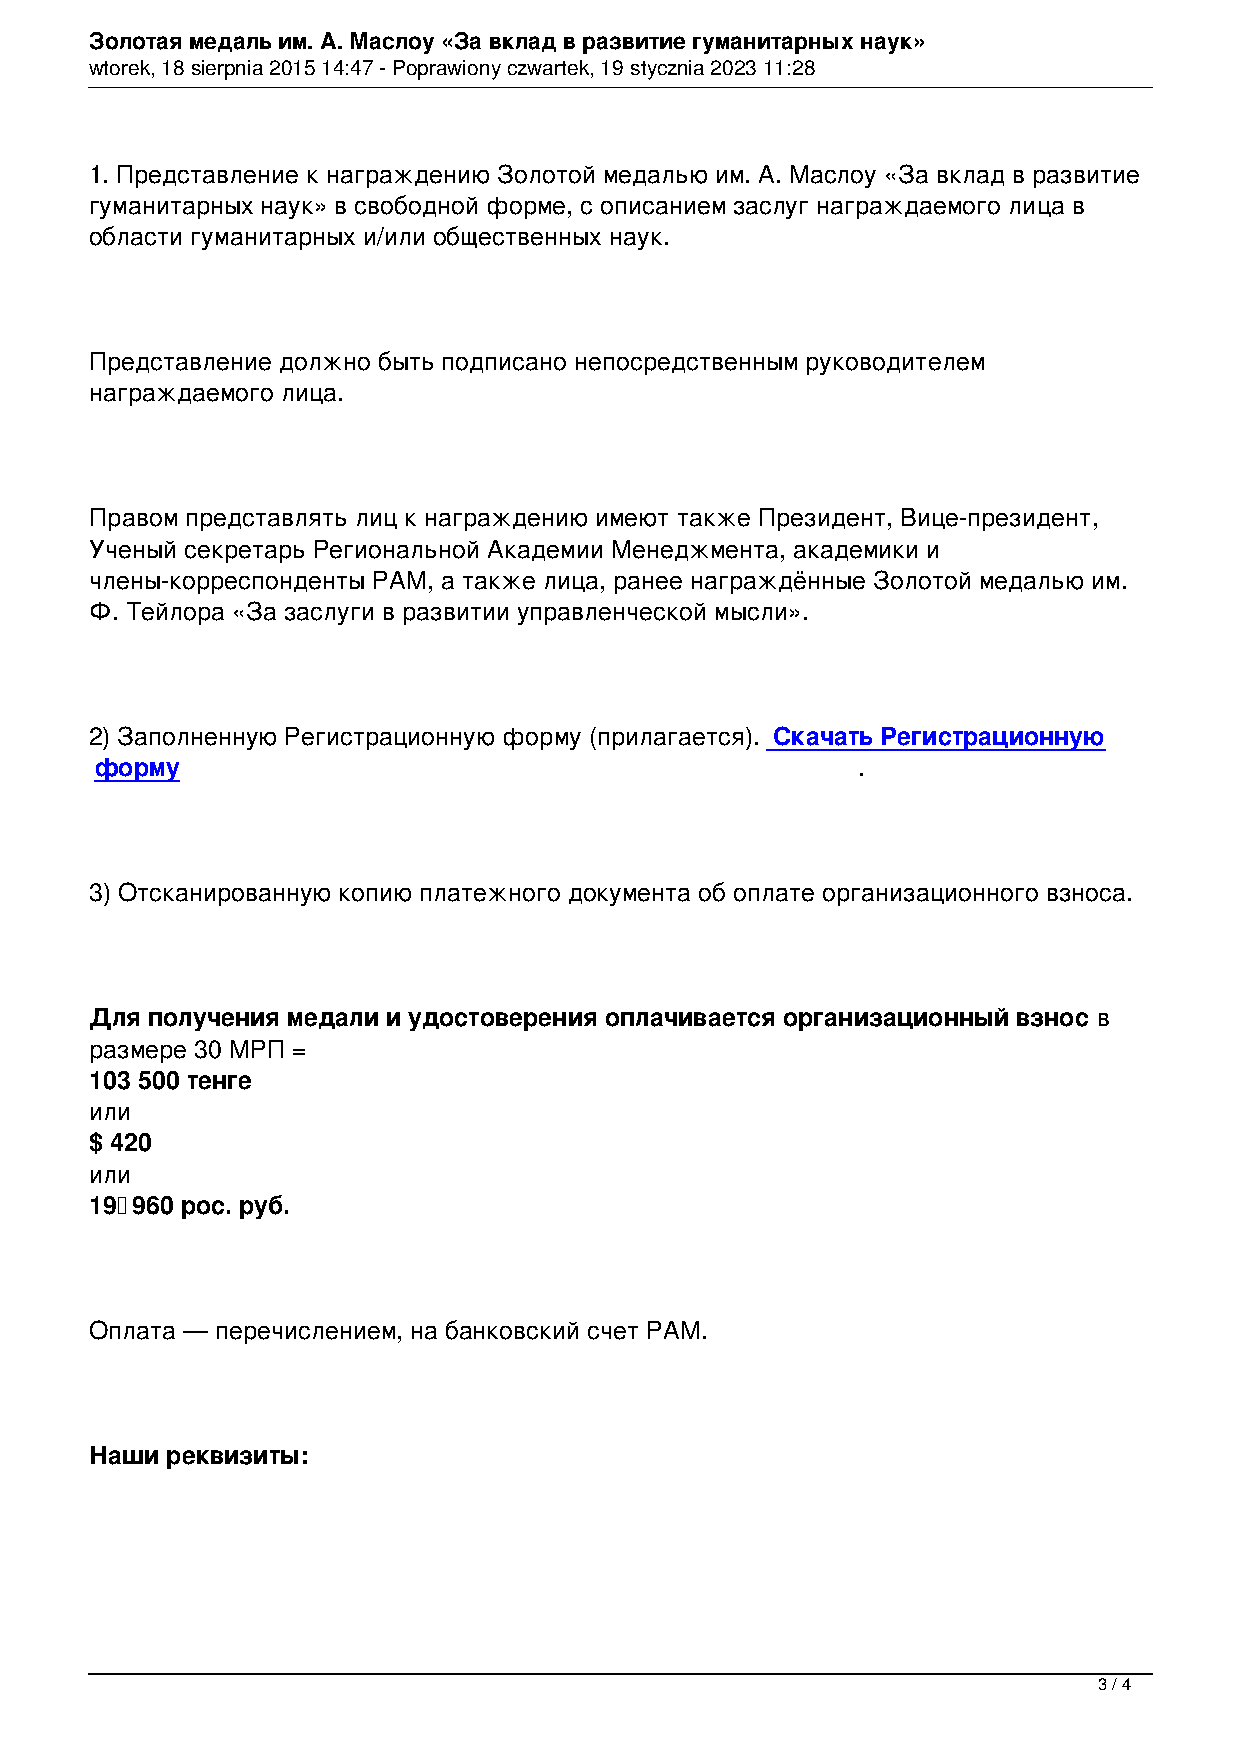
Золотая медаль им. А. Маслоу «За вклад в развитие гуманитарных наук»
 wtorek, 18 sierpnia 2015 14:47 - Poprawiony czwartek, 19 stycznia 2023 11:28
 1. Представление к награждению Золотой медалью им. А. Маслоу «За вклад в развитие
 гуманитарных наук» в свободной форме, с описанием заслуг награждаемого лица в
 области гуманитарных и/или общественных наук.
 Представление должно быть подписано непосредственным руководителем
 награждаемого лица.
 Правом представлять лиц к награждению имеют также Президент, Вице-президент,
 Ученый секретарь Региональной Академии Менеджмента, академики и
 члены-корреспонденты РАМ, а также лица, ранее награждённые Золотой медалью им.
 Ф. Тейлора «За заслуги в развитии управленческой мысли».
 2) Заполненную Регистрационную форму (прилагается). Скачать Регистрационную
 форму                                              .
 3) Отсканированную копию платежного документа об оплате организационного взноса.
 Для получения медали и удостоверения оплачивается организационный взнос в
 размере 30 МРП =
 103 500 тенге
 или
 $ 420
 или
 19 960 рос. руб.
 Оплата — перечислением, на банковский счет РАМ.
 Наши реквизиты:
 3 / 4